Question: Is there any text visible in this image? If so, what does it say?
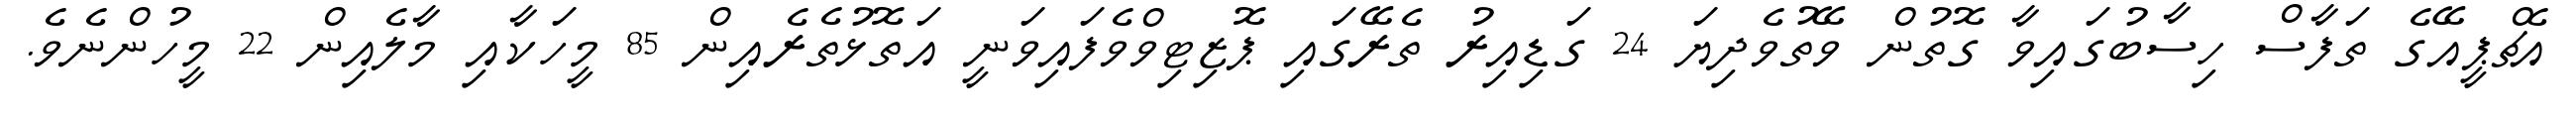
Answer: އެޗްޕީއޭގެ ތަފާސް ހިސާބުގައިވާ ގޮތުން ވޭތުވެދިޔަ 24 ގަޑިއިރު ތެރޭގައި ޕޮޒިޓިވްވެފައިވަނީ އަތޮޅުތެރެއިން 85 މީހަކާއި މާލެއިން 22 މީހުންނެވެ.